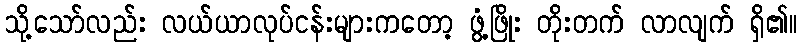
သို့သော်လည်း လယ်ယာလုပ်ငန်းများကတော့ ဖွံ့ဖြိုး တိုးတက် လာလျက် ရှိ၏။